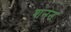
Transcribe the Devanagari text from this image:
शनन